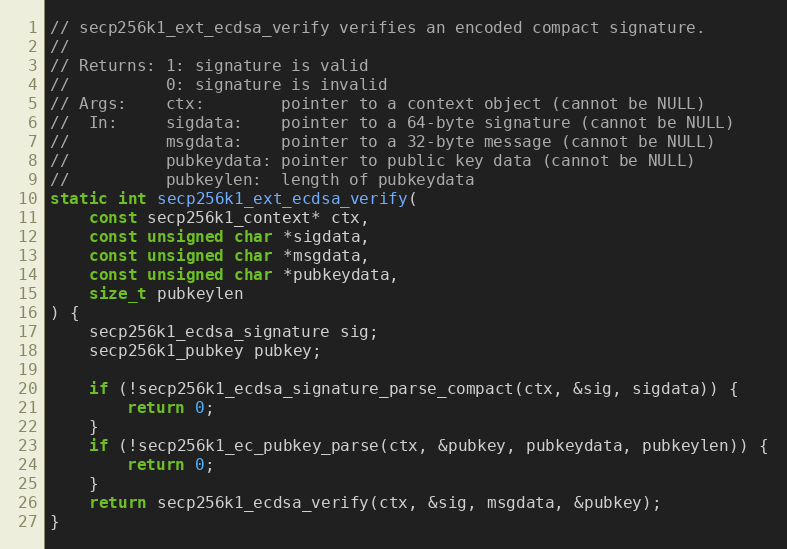
Language: C
// secp256k1_ext_ecdsa_verify verifies an encoded compact signature.
//
// Returns: 1: signature is valid
//          0: signature is invalid
// Args:    ctx:        pointer to a context object (cannot be NULL)
//  In:     sigdata:    pointer to a 64-byte signature (cannot be NULL)
//          msgdata:    pointer to a 32-byte message (cannot be NULL)
//          pubkeydata: pointer to public key data (cannot be NULL)
//          pubkeylen:  length of pubkeydata
static int secp256k1_ext_ecdsa_verify(
	const secp256k1_context* ctx,
	const unsigned char *sigdata,
	const unsigned char *msgdata,
	const unsigned char *pubkeydata,
	size_t pubkeylen
) {
	secp256k1_ecdsa_signature sig;
	secp256k1_pubkey pubkey;

	if (!secp256k1_ecdsa_signature_parse_compact(ctx, &sig, sigdata)) {
		return 0;
	}
	if (!secp256k1_ec_pubkey_parse(ctx, &pubkey, pubkeydata, pubkeylen)) {
		return 0;
	}
	return secp256k1_ecdsa_verify(ctx, &sig, msgdata, &pubkey);
}